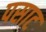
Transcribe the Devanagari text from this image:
पसाट